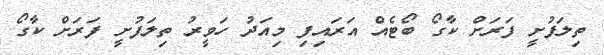
ތިލަފުށީ ފަރަށް ކާގޯ ބޯޓެއް އަރައިފި މިއަދު ހަވީރު ތިލަފުށީ ފަރަށް ކާގޯ